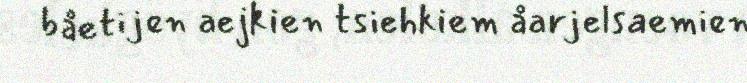
båetijen aejkien tsiehkiem åarjelsaemien